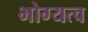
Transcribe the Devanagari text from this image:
भोग्यत्व